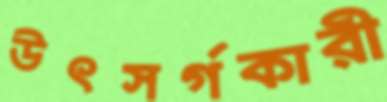
উৎসর্গকারী